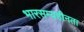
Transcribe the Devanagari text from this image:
भारसम्यहीनता